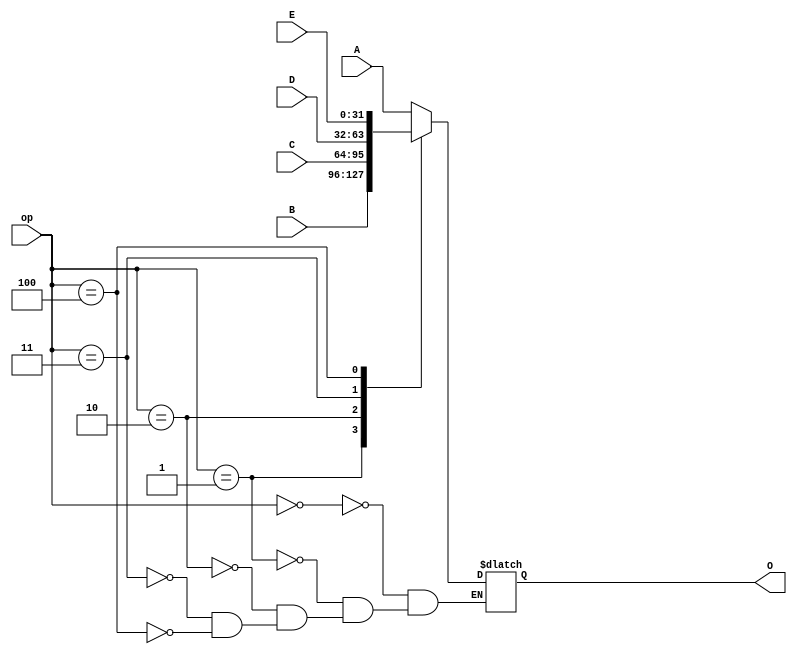
`timescale 1ns / 1ps
//////////////////////////////////////////////////////////////////////////////////
// Company: 
// Engineer: 
// 
// Design Name: 
// Module Name:    mux 
// Project Name: 
// Target Devices: 
// Tool versions: 
// Description: 
//
// Dependencies: 
//
// Revision: 
// Revision 0.01 - File Created
// Additional Comments: 
//
//////////////////////////////////////////////////////////////////////////////////
module M32_5_1(
	input [31:0] A,
	input [31:0] B,
	input [31:0] C,
	input [31:0] D,
	input [31:0] E,
	input [2:0] op,
	output reg [31:0] O
    );
	 
	initial begin
		O = 0;
	end
	
	always @* begin
		case (op)
			3'd0:O <= A;
			3'd1:O <= B;
			3'd2:O <= C;
			3'd3:O <= D;
			3'd4:O <= E;
		endcase
	end

endmodule

module M32_4_1(
	input [31:0] A,
	input [31:0] B,
	input [31:0] C,
	input [31:0] D,
	input [1:0] op,
	output reg [31:0] O
    );
	 
	initial begin
		O = 0;
	end
	
	always @* begin
		case (op)
			2'd0:O <= A;
			2'd1:O <= B;
			2'd2:O <= C;
			2'd3:O <= D;
		endcase
	end

endmodule

module M32_3_1(
	input [31:0] A,
	input [31:0] B,
	input [31:0] C,
	input [1:0] op,
	output reg [31:0] O
    );
	 
	initial begin
		O = 0;
	end
	
	always @* begin
		case (op)
			2'd0:O <= A;
			2'd1:O <= B;
			2'd2:O <= C;
		endcase
	end

endmodule

module M32_2_1(
	input [31:0] A,
	input [31:0] B,
	input op,
	output reg [31:0] O
	 );
	 
	initial begin
		O = 0;
	end
	
	always @* begin
		case (op)
			1'b0:O <= A;
			1'b1:O <= B;
		endcase
	end
	
endmodule

module M5_3_1(
	input [4:0] A,
	input [4:0] B,
	input [4:0] C,
	input [1:0] op,
	output reg [4:0] O
    );
	 
	initial begin
		O = 0;
	end
	
	always @* begin
		case (op)
			2'd0:O <= A;
			2'd1:O <= B;
			2'd2:O <= C;
		endcase
	end

endmodule